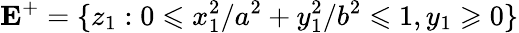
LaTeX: \mathbf{E}^{+}=\{ z_{1}:0\leqslant x_{1}^{2}/a^{2}+y_{1}^{2}/b^{2}\leqslant 1,y_{1}\geqslant 0\}